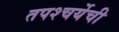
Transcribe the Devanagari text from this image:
तपश्चर्येची